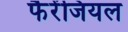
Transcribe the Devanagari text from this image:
फैरेंजियल